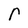
Character: r